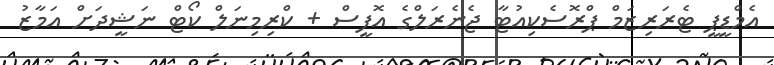
އެމްޑީޕީ ޓެރަރިޒަމް ޕްރޮސެކިއުޓާ ޖެނެރަލްގެ އޮފީސް + ކްރިމިނަލް ކޯޓް ނަޝީދަށް އަމާޒު